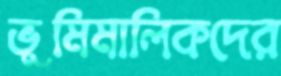
ভূমিমালিকদের